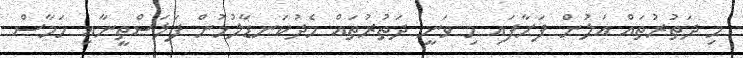
މި ދަތުރުތައް އަލުން ފަށާފައި މި ވަނީ ދަތުރުތައް މެދުކަނޑާލުމުން ފަލަސްތީނާއި ހަމާސް